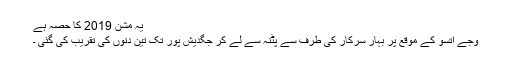
یہ مشن 2019 کا حصہ ہے
وجے اتسو کے موقع پر بہار سرکار کی طرف سے پٹنہ سے لے کر جگدیش پور تک تین دنوں کی تقریب کی گئی ۔